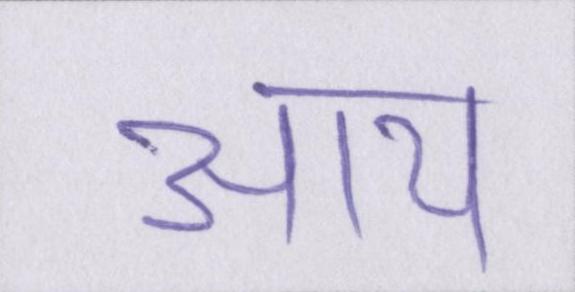
आय